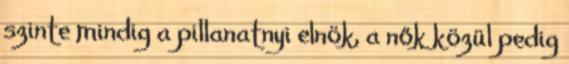
szinte mindig a pillanatnyi elnök, a nők közül pedig